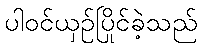
ပါဝင်ယှဉ်ပြိုင်ခဲ့သည်